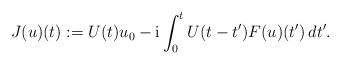
LaTeX: \begin{align*}J(u)(t):= U(t)u_0-\textnormal{i} \int_0^t U(t-t')F(u)(t') \, dt'.\end{align*}